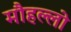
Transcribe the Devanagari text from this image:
मौहल्लो